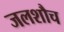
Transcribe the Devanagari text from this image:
जलशौच